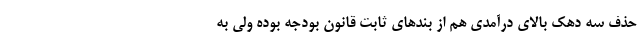
حذف سه دهک بالای درآمدی هم از بندهای ثابت قانون بودجه بوده ولی به